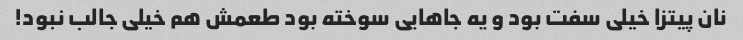
نان پیتزا خیلی سفت بود و یه جاهایی سوخته بود طعمش هم خیلی جالب نبود!